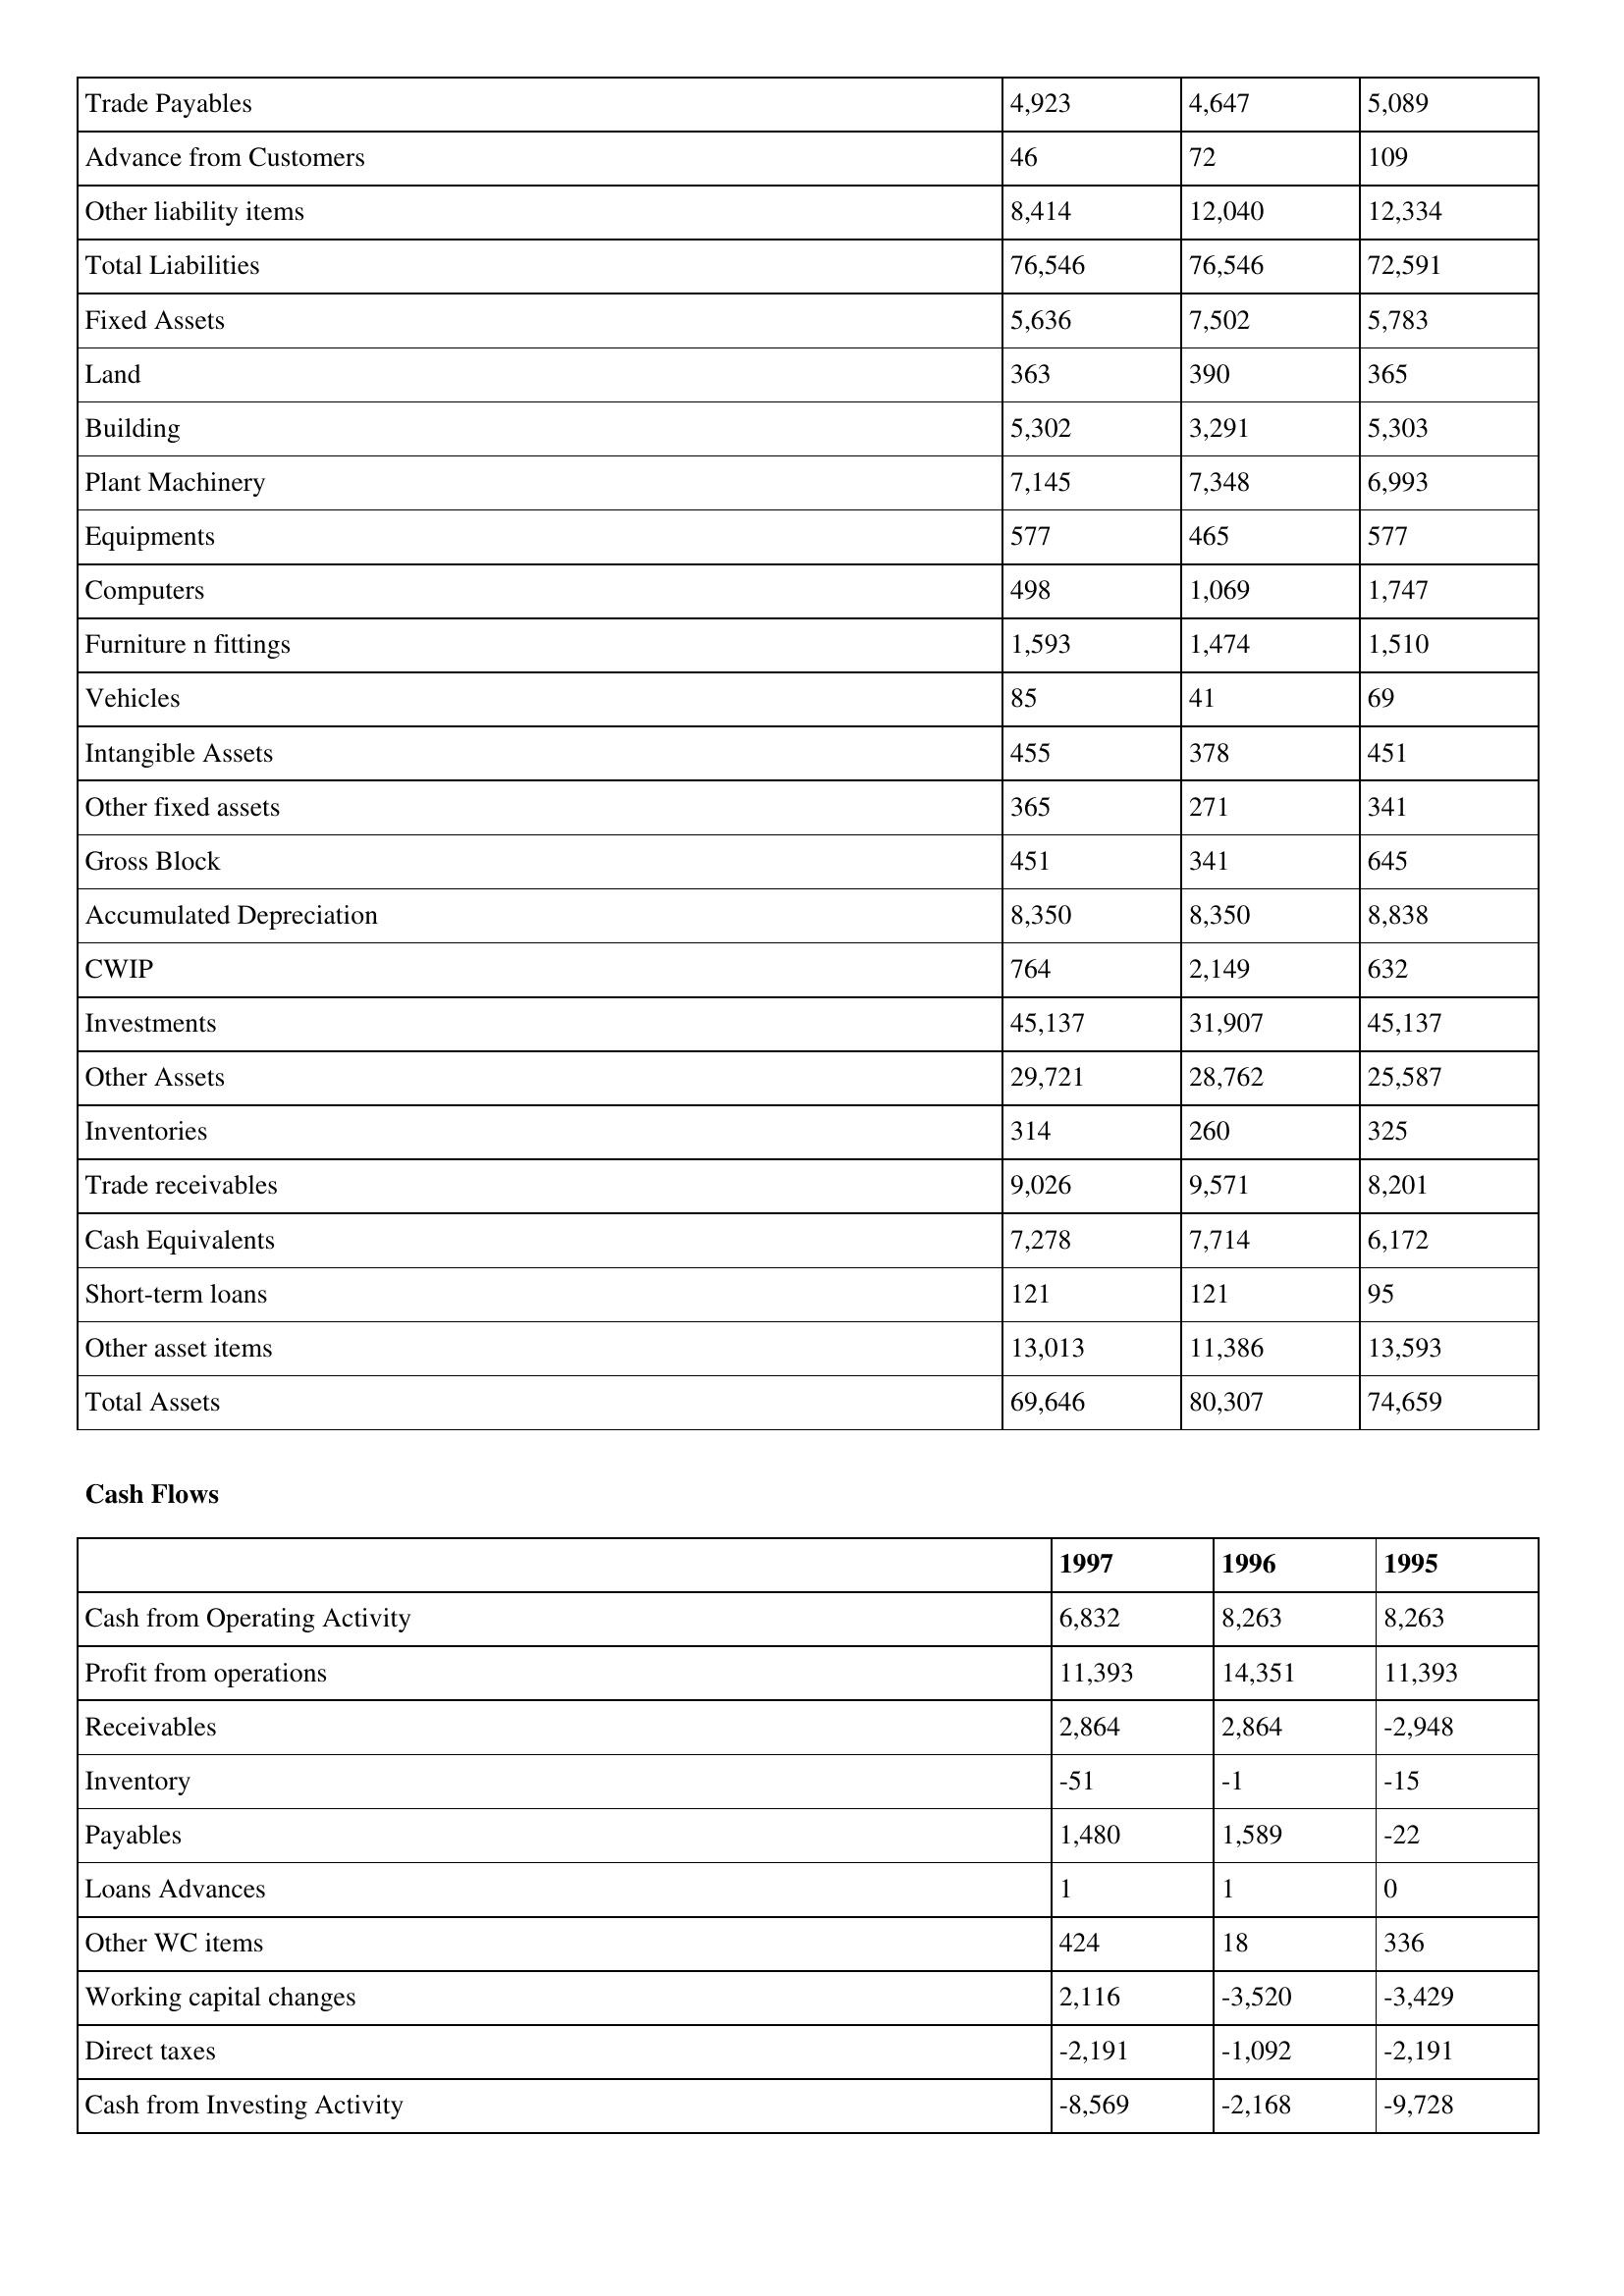
gt_parse: 1997: Balance Sheet: Trade Payables: 4,923
Advance from Customers: 46
Other liability items: 8,414
Total Liabilities: 76,546
Fixed Assets: 5,636
Land: 363
Building: 5,302
Plant Machinery: 7,145
Equipments: 577
Computers: 498
Furniture n fittings: 1,593
Vehicles: 85
Intangible Assets: 455
Other fixed assets: 365
Gross Block: 451
Accumulated Depreciation: 8,350
CWIP: 764
Investments: 45,137
Other Assets: 29,721
Inventories: 314
Trade receivables: 9,026
Cash Equivalents: 7,278
Short-term loans: 121
Other asset items: 13,013
Total Assets: 69,646
Cash Flows: Cash from Operating Activity: 6,832
Profit from operations: 11,393
Receivables: 2,864
Inventory: -51
Payables: 1,480
Loans Advances: 1
Other WC items: 424
Working capital changes: 2,116
Direct taxes: -2,191
Cash from Investing Activity: -8,569
1996: Balance Sheet: Trade Payables: 4,647
Advance from Customers: 72
Other liability items: 12,040
Total Liabilities: 76,546
Fixed Assets: 7,502
Land: 390
Building: 3,291
Plant Machinery: 7,348
Equipments: 465
Computers: 1,069
Furniture n fittings: 1,474
Vehicles: 41
Intangible Assets: 378
Other fixed assets: 271
Gross Block: 341
Accumulated Depreciation: 8,350
CWIP: 2,149
Investments: 31,907
Other Assets: 28,762
Inventories: 260
Trade receivables: 9,571
Cash Equivalents: 7,714
Short-term loans: 121
Other asset items: 11,386
Total Assets: 80,307
Cash Flows: Cash from Operating Activity: 8,263
Profit from operations: 14,351
Receivables: 2,864
Inventory: -1
Payables: 1,589
Loans Advances: 1
Other WC items: 18
Working capital changes: -3,520
Direct taxes: -1,092
Cash from Investing Activity: -2,168
1995: Balance Sheet: Trade Payables: 5,089
Advance from Customers: 109
Other liability items: 12,334
Total Liabilities: 72,591
Fixed Assets: 5,783
Land: 365
Building: 5,303
Plant Machinery: 6,993
Equipments: 577
Computers: 1,747
Furniture n fittings: 1,510
Vehicles: 69
Intangible Assets: 451
Other fixed assets: 341
Gross Block: 645
Accumulated Depreciation: 8,838
CWIP: 632
Investments: 45,137
Other Assets: 25,587
Inventories: 325
Trade receivables: 8,201
Cash Equivalents: 6,172
Short-term loans: 95
Other asset items: 13,593
Total Assets: 74,659
Cash Flows: Cash from Operating Activity: 8,263
Profit from operations: 11,393
Receivables: -2,948
Inventory: -15
Payables: -22
Loans Advances: 0
Other WC items: 336
Working capital changes: -3,429
Direct taxes: -2,191
Cash from Investing Activity: -9,728